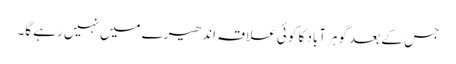
جس کے بعد گوہر آباد کا کوئی علاقہ اندھیرے میں نہیں رہے گا۔